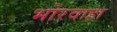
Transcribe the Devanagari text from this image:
भोरवाहा